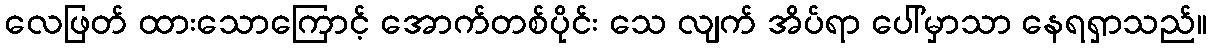
လေဖြတ် ထားသောကြောင့် အောက်တစ်ပိုင်း သေ လျက် အိပ်ရာ ပေါ်မှာသာ နေရရှာသည်။